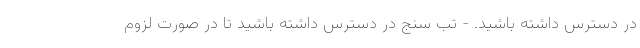
در دسترس داشته باشید. - تب سنج در دسترس داشته باشید تا در صورت لزوم